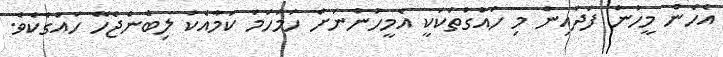
އެހެން މީހުން ފަދައިން މި ހައްގުތަކަކީ އެމީހުންނަށް ހަމަހަމަ ކަމާއެކު ލިބެންޖެހޭ ހައްގެކެވެ.